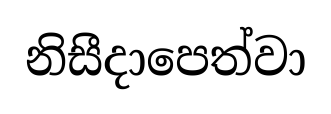
නිසීදාපෙත්වා